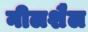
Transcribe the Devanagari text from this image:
नीलशैल